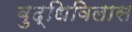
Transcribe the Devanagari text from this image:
बुद्धिविलास